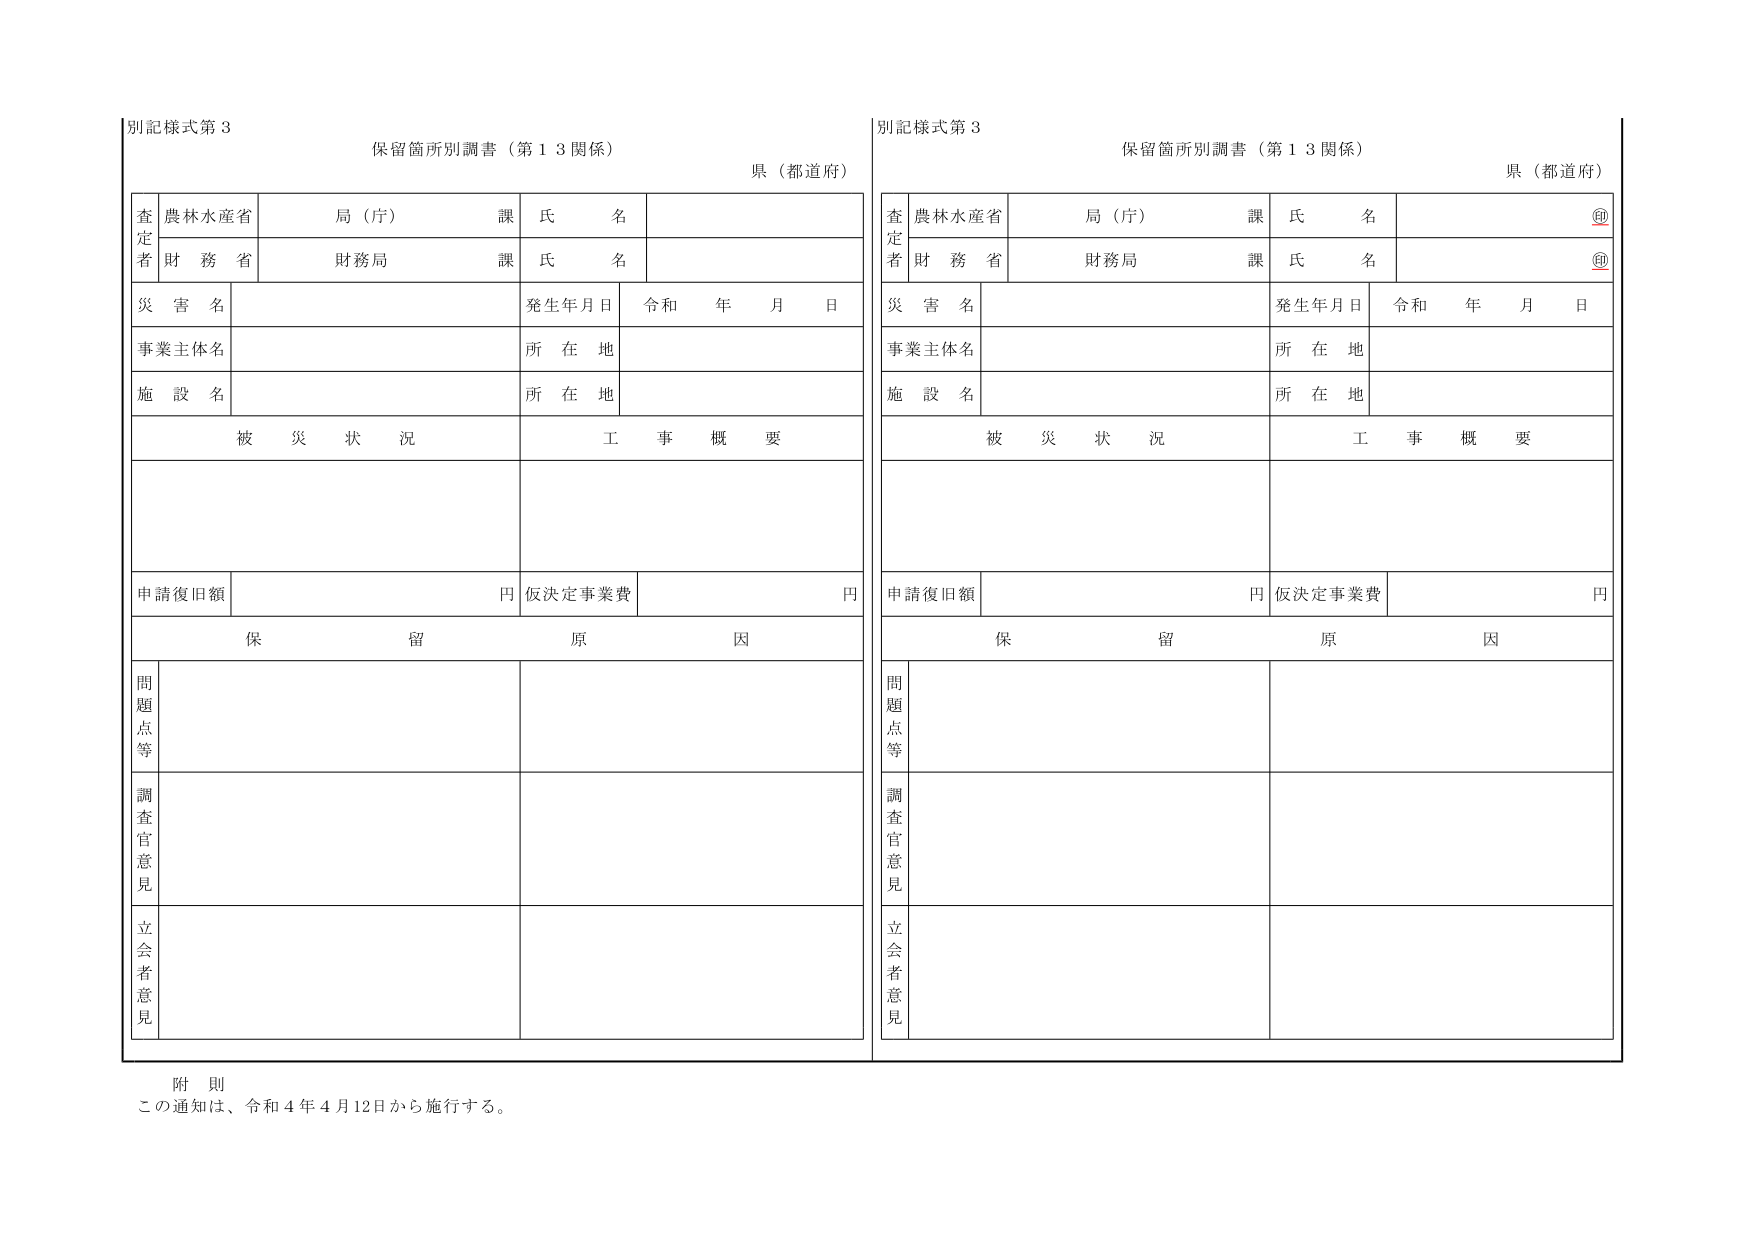
別記様式第３
保留箇所別調書（第１３関係）
県（都道府）

査定者
農林水産省　局（庁）　課　氏名
財務省　財務局　課　氏名

災害名
発生年月日　令和　年　月　日

事業主体名　所在地

施設名　所在地

被災状況　工事概要

申請復旧額　円　仮決定事業費　円

保留原因

問題点等

調査官意見

立会者意見

別記様式第３
保留箇所別調書（第１３関係）
県（都道府）

査定者
農林水産省　局（庁）　課　氏名　㊞
財務省　財務局　課　氏名　㊞

災害名
発生年月日　令和　年　月　日

事業主体名　所在地

施設名　所在地

被災状況　工事概要

申請復旧額　円　仮決定事業費　円

保留原因

問題点等

調査官意見

立会者意見

附則
この通知は、令和４年４月12日から施行する。